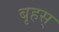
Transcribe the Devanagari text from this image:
बृहस्